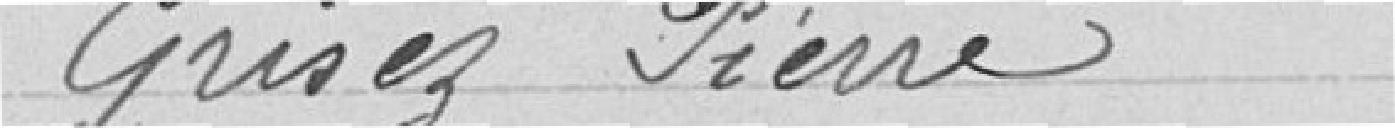
Grisez Pierre